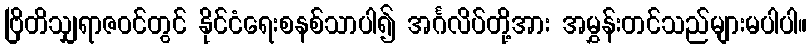
ဗြိတိသျှရာဇဝင်တွင် နိုင်ငံရေးစနစ်သာပါ၍ အင်္ဂလိပ်တို့အား အမွှန်းတင်သည်များမပါပါ။